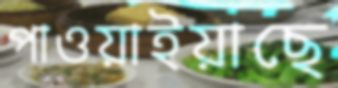
পাওয়াইয়াছে